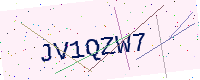
Text: JV1QZW7